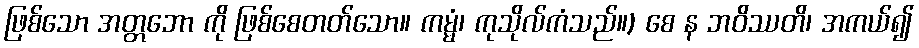
ဖြစ်သော အတ္တဘော ကို ဖြစ်စေတတ်သော။ ကမ္မံ၊ ကုသိုလ်ကံသည်။) စေ န ဘဝိဿတိ၊ အကယ်၍